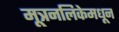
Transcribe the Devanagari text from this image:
मूत्रनलिकेमधून